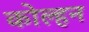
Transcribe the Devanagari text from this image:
कोल्हन